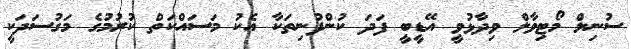
ސުނިލް މޯޓިވާލް ވިދާޅުވީ އޭޑީބީ ފަދަ ކުންފުނިތަކާ އެކު މަސައްކަތް ކުރުމުގެ މަގުސަދަކީ